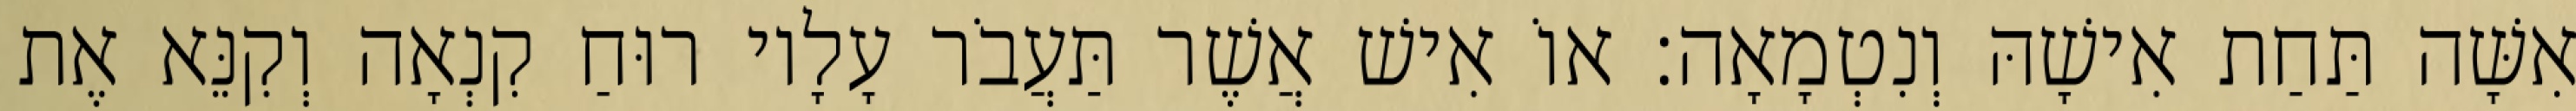
אִשָּׁה תַּחַת אִישָׁהּ וְנִטְמָאָה׃ אוֹ אִישׁ אֲשֶׁר תַּעֲבֹר עָלָיו רוּחַ קִנְאָה וְקִנֵּא אֶת